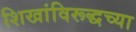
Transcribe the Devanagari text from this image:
शिखांविरूद्धच्या